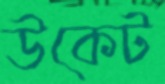
উকেট